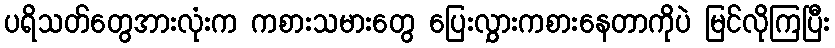
ပရိသတ်တွေအားလုံးက ကစားသမားတွေ ပြေးလွှားကစားနေတာကိုပဲ မြင်လိုကြပြီး